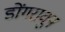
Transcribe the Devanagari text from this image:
डोंगरावून